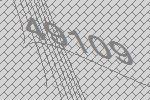
49109